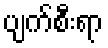
ပျက်စီးရာ